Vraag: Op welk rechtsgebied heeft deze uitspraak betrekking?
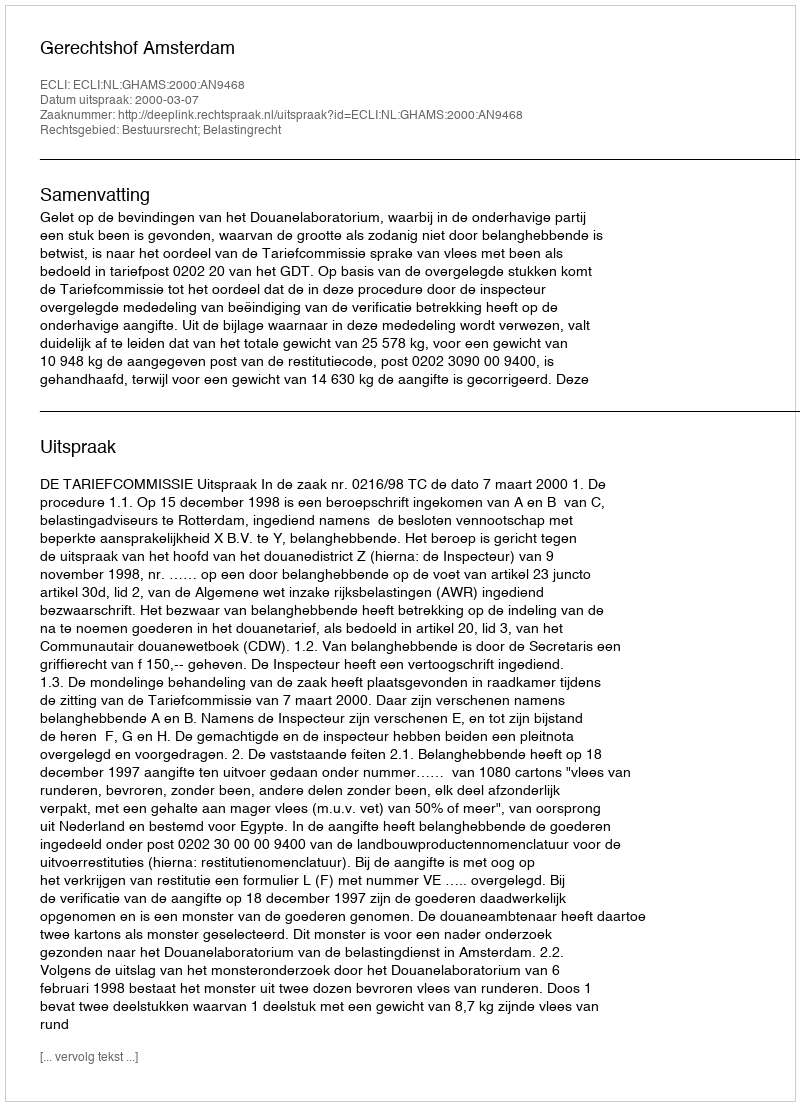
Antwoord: Bestuursrecht; Belastingrecht